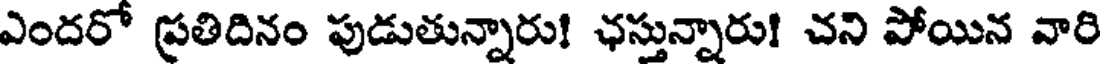
ఎందరో ప్రతిదినం పుడుతున్నారు! ఛస్తున్నారు! చని పోయిన వారి